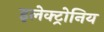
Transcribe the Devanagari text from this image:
इलेक्ट्रोनिय